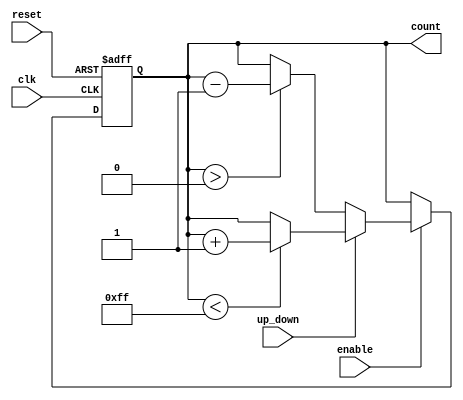
module up_down_counter (
    input wire clk,               // Clock signal
    input wire reset,             // Asynchronous reset
    input wire enable,            // Enable counting
    input wire up_down,           // Control signal (1 for up, 0 for down)
    output reg [7:0] count        // 8-bit count value (adjust size as needed)
);

    // Maximum count value for 8-bit counter
    localparam MAX_COUNT = 8'hFF; // 255 (can be adjusted based on design needs)
    localparam MIN_COUNT = 8'h00;  // 0

    always @(posedge clk or posedge reset) begin
        if (reset) begin
            count <= MIN_COUNT;    // Reset the count to zero
        end else if (enable) begin
            if (up_down) begin
                // Increment logic
                if (count < MAX_COUNT) begin
                    count <= count + 1;
                end
            end else begin
                // Decrement logic
                if (count > MIN_COUNT) begin
                    count <= count - 1;
                end
            end
        end
    end

endmodule